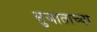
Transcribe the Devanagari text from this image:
सुजाताच्या